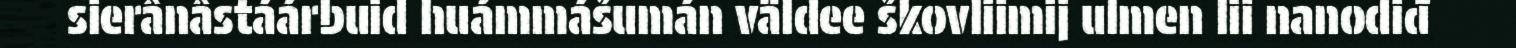
sierânâstáárbuid huámmášumán väldee škovliimij ulmen lii nanodiđ